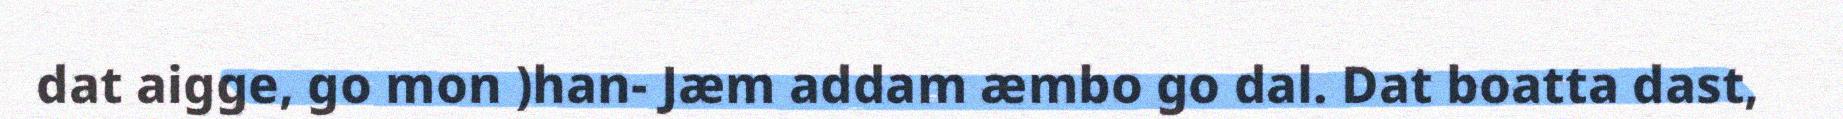
dat aigge, go mon )han- Jæm addam æmbo go dal. Dat boatta dast,